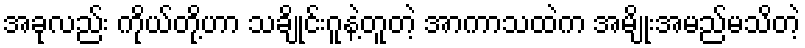
အခုလည်း ကိုယ်တို့ဟာ သချိုင်းဂူနဲ့တူတဲ့ အာကာသထဲက အမျိုးအမည်မသိတဲ့